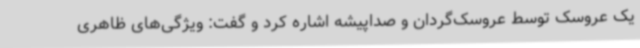
یک عروسک توسط عروسک‌گردان و صداپیشه اشاره کرد و گفت: ویژگی‌های ظاهری